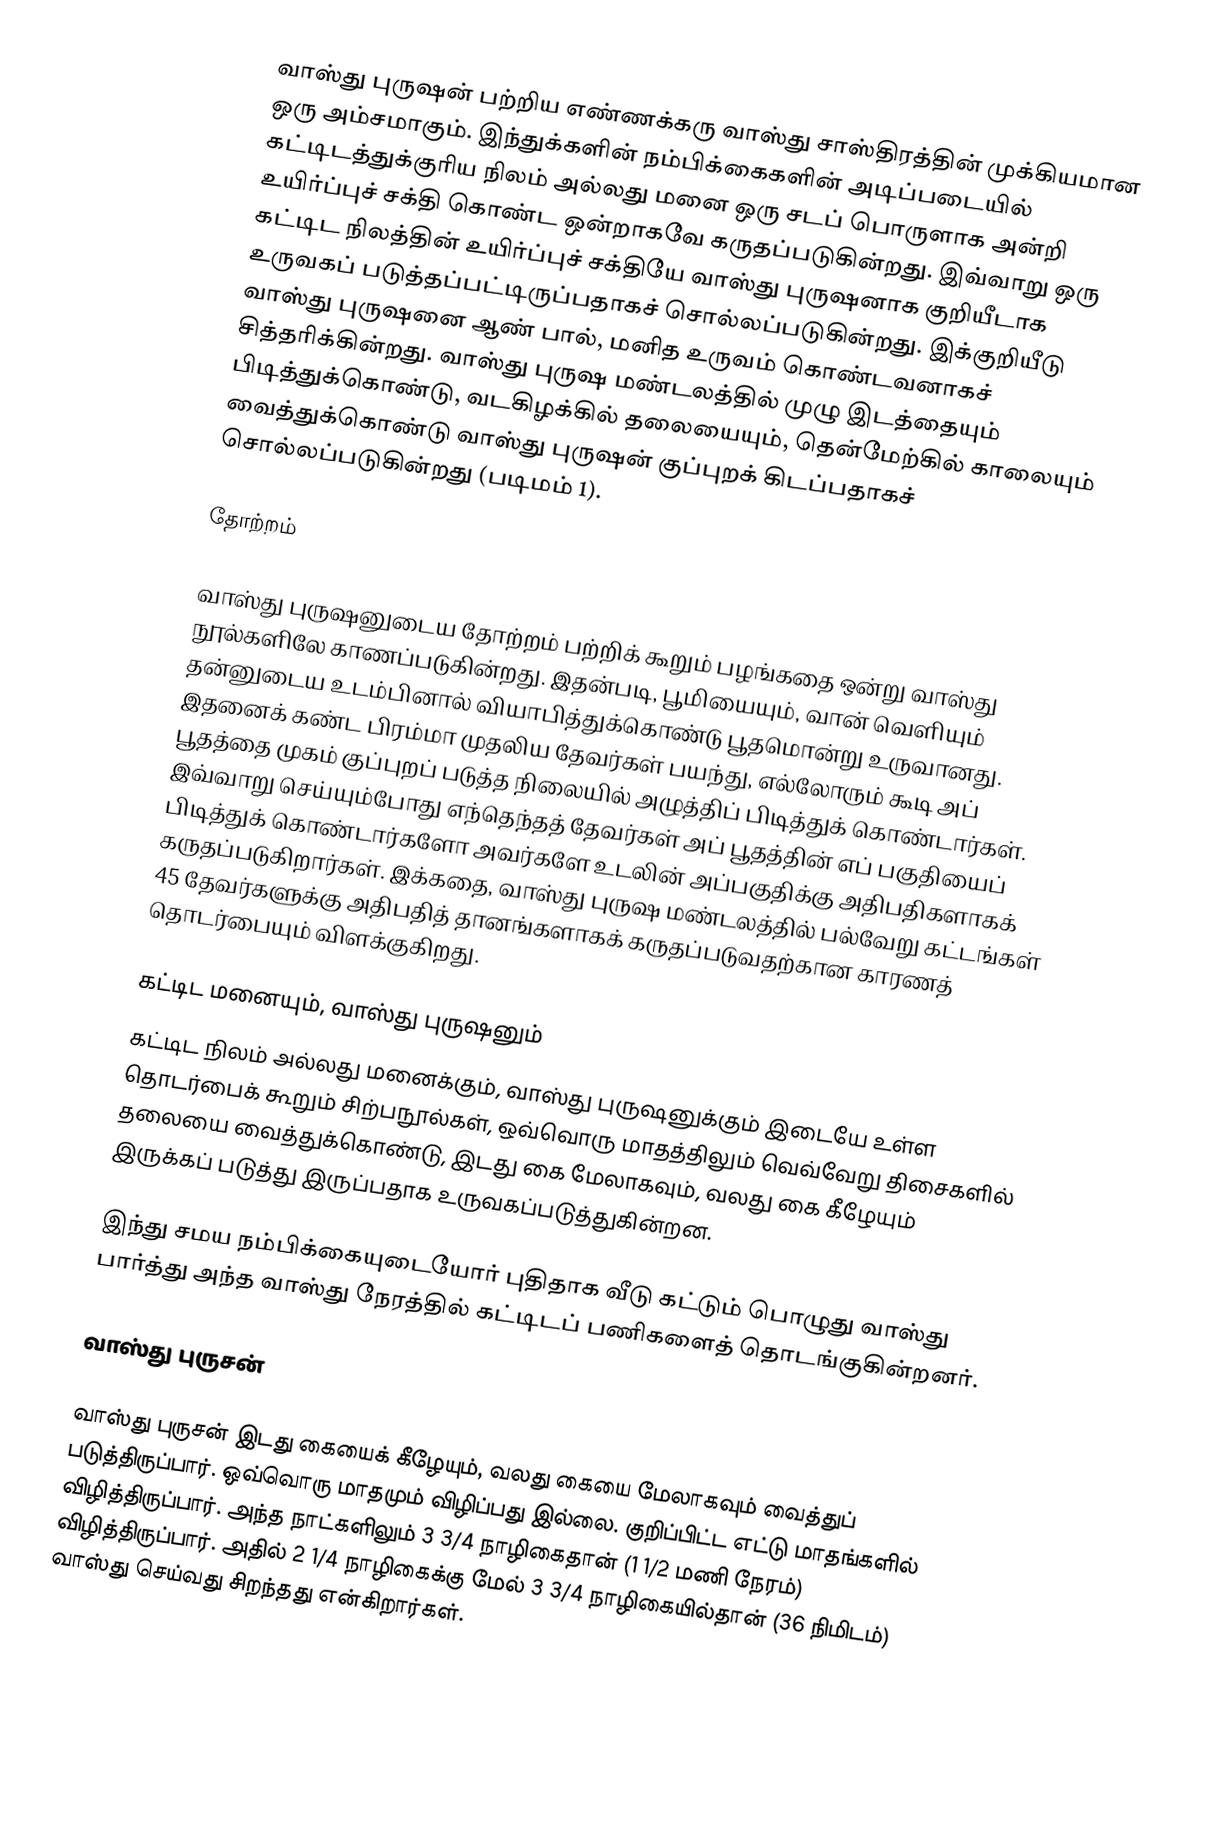
வாஸ்து புருஷன் பற்றிய எண்ணக்கரு வாஸ்து சாஸ்திரத்தின்  முக்கியமான ஒரு அம்சமாகும். இந்துக்களின் நம்பிக்கைகளின் அடிப்படையில் கட்டிடத்துக்குரிய நிலம் அல்லது மனை ஒரு சடப் பொருளாக அன்றி உயிர்ப்புச் சக்தி கொண்ட ஒன்றாகவே கருதப்படுகின்றது. இவ்வாறு ஒரு கட்டிட நிலத்தின் உயிர்ப்புச் சக்தியே வாஸ்து புருஷனாக குறியீடாக உருவகப் படுத்தப்பட்டிருப்பதாகச் சொல்லப்படுகின்றது. இக்குறியீடு வாஸ்து புருஷனை ஆண் பால், மனித உருவம் கொண்டவனாகச் சித்தரிக்கின்றது. வாஸ்து புருஷ மண்டலத்தில் முழு இடத்தையும் பிடித்துக்கொண்டு, வடகிழக்கில் தலையையும், தென்மேற்கில் காலையும் வைத்துக்கொண்டு வாஸ்து புருஷன் குப்புறக் கிடப்பதாகச் சொல்லப்படுகின்றது (படிமம் 1).

தோற்றம்

வாஸ்து புருஷனுடைய தோற்றம் பற்றிக் கூறும் பழங்கதை ஒன்று வாஸ்து நூல்களிலே காணப்படுகின்றது. இதன்படி, பூமியையும், வான் வெளியும் தன்னுடைய உடம்பினால் வியாபித்துக்கொண்டு பூதமொன்று உருவானது. இதனைக் கண்ட பிரம்மா முதலிய தேவர்கள் பயந்து, எல்லோரும் கூடி அப் பூதத்தை முகம் குப்புறப் படுத்த நிலையில் அழுத்திப் பிடித்துக் கொண்டார்கள். இவ்வாறு செய்யும்போது எந்தெந்தத் தேவர்கள் அப் பூதத்தின் எப் பகுதியைப் பிடித்துக் கொண்டார்களோ அவர்களே உடலின் அப்பகுதிக்கு அதிபதிகளாகக் கருதப்படுகிறார்கள். இக்கதை, வாஸ்து புருஷ மண்டலத்தில் பல்வேறு கட்டங்கள் 45 தேவர்களுக்கு அதிபதித் தானங்களாகக் கருதப்படுவதற்கான காரணத் தொடர்பையும் விளக்குகிறது.

கட்டிட மனையும், வாஸ்து புருஷனும்
கட்டிட நிலம் அல்லது மனைக்கும், வாஸ்து புருஷனுக்கும் இடையே உள்ள தொடர்பைக் கூறும் சிற்பநூல்கள், ஒவ்வொரு மாதத்திலும் வெவ்வேறு திசைகளில் தலையை வைத்துக்கொண்டு, இடது கை மேலாகவும், வலது கை கீழேயும் இருக்கப் படுத்து இருப்பதாக உருவகப்படுத்துகின்றன.

இந்து சமய நம்பிக்கையுடையோர் புதிதாக வீடு கட்டும் பொழுது வாஸ்து பார்த்து அந்த வாஸ்து நேரத்தில் கட்டிடப் பணிகளைத் தொடங்குகின்றனர்.

வாஸ்து புருசன்

வாஸ்து புருசன் இடது கையைக் கீழேயும், வலது கையை மேலாகவும் வைத்துப் படுத்திருப்பார். ஒவ்வொரு மாதமும் விழிப்பது இல்லை. குறிப்பிட்ட எட்டு மாதங்களில் விழித்திருப்பார். அந்த நாட்களிலும் 3 3/4 நாழிகைதான் (1 1/2 மணி நேரம்) விழித்திருப்பார். அதில் 2 1/4 நாழிகைக்கு மேல் 3 3/4 நாழிகையில்தான் (36 நிமிடம்) வாஸ்து செய்வது சிறந்தது என்கிறார்கள்.